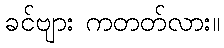
ခင်ဗျား ကတတ်လား။